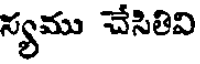
న్యము చేసితివి